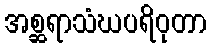
အစ္ဆရာသံဃပရိဝုတာ